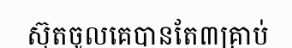
ស៊ុតចូលគេបានតែ៣គ្រាប់